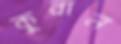
কুরান